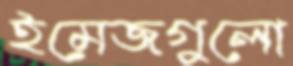
ইমেজগুলো